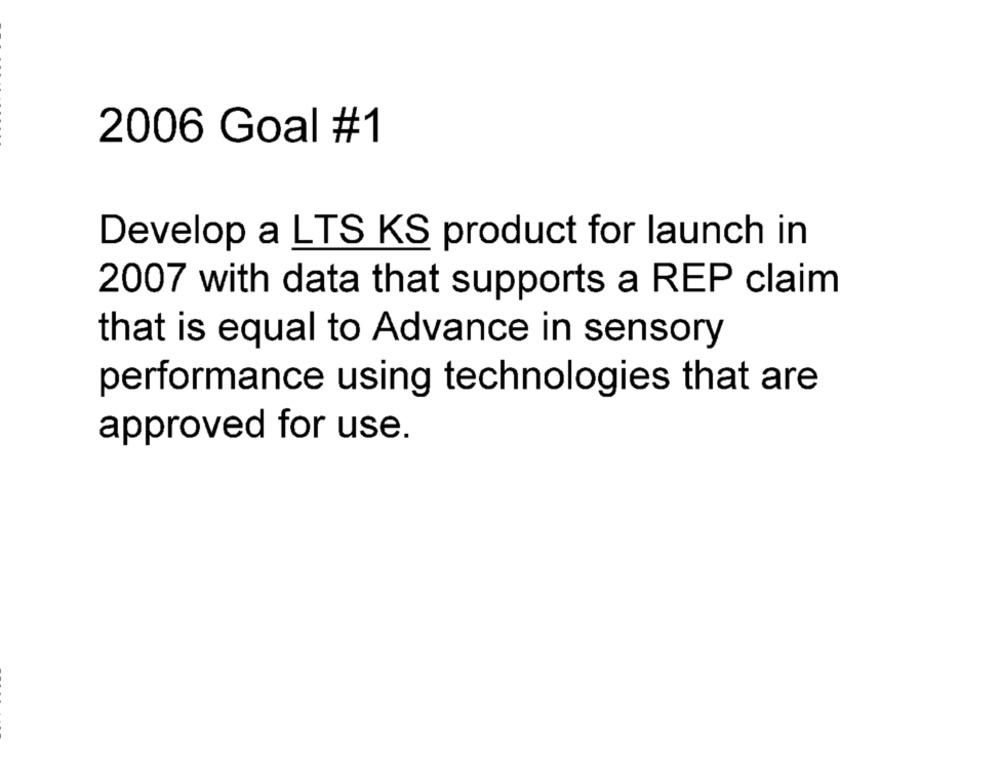
2006 Goal #1
Develop a LTS KS product for launch in
2007 with data that supports a REP claim
that is equal to Advance in sensory
performance using technologies that are
approved for use.